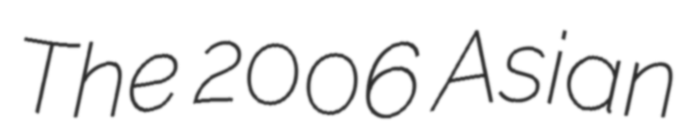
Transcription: The 2006 Asian